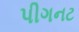
પીગનટ